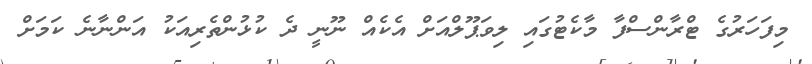
މިފަހަރުގެ ޓްރާންސްފާ މާކެޓުގައި ލިވަޕޫލްއަށް އެކެއް ނޫނީ ދެ ކުޅުންތެރިއަކު އަންނާނެ ކަމަށް